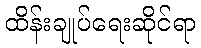
ထိန်းချုပ်ရေးဆိုင်ရာ